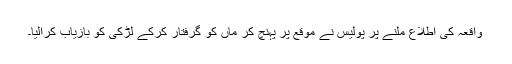
واقعہ کی اطلاع ملنے پر پولیس نے موقع پر پہنچ کر ماں کو گرفتار کرکے لڑکی کو بازیاب کرالیا۔